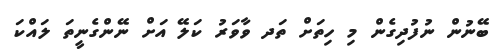
ބޭނުން ނުފުދިގެން މި ހިތަށް ތަދ ވާވަރު ކަލޭ އަށް ނޭންގެނީތަ ލައްކަ